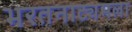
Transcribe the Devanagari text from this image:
भरतनाट्यमला